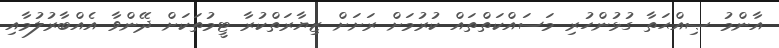
އާންމު ޞިއްޙަތާ ގުޅުންހުރި މަސައްކަތްތައް ކުރުމަށް ރަށަށް ޒިޔާރަތްކުރާ ޓީމުތަކަށް ދޭންވާ އެއްބާރުލުމާއި